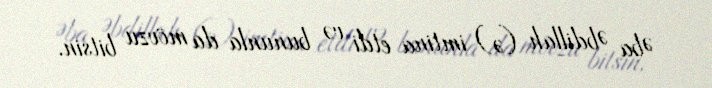
Əba Əbdillah (ə) imtina etdi və bununla da mövzu bitsin.